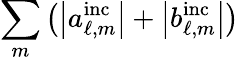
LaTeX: \sum_{m}\left(\left|a_{\ell,m}^{\mathrm{inc}}\right|+\left|b_{\ell,m}^{\mathrm{inc}}\right|\right)